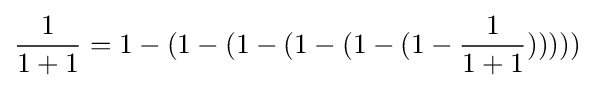
{\frac {1}{1+1}}=1-(1-(1-(1-(1-(1-{\frac {1}{1+1}})))))